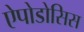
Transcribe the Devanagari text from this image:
ऐपोडोसिस